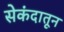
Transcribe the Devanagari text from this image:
सेकंदातून